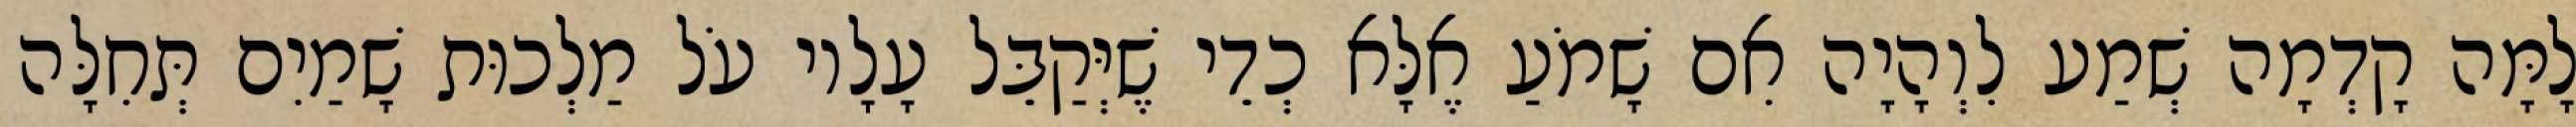
לָמָּה קָדְמָה שְׁמַע לִוְהָיָה אִם שָׁמֹעַ אֶלָּא כְדֵי שֶׁיְּקַבֵּל עָלָיו עֹל מַלְכוּת שָׁמַיִם תְּחִלָּה